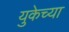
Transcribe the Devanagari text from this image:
युकेच्या